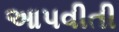
આપવીતી